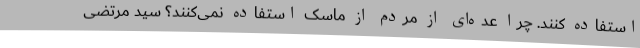
استفاده کنند. چرا عده‌ای از مردم از ماسک استفاده نمی‌کنند؟ سید مرتضی